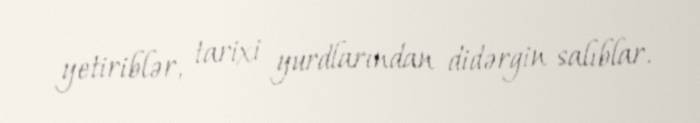
yetiriblər, tarixi yurdlarından didərgin salıblar.